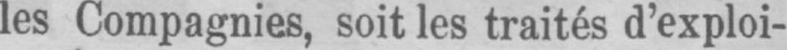
les Compagnies, soit les traités d’exploi-